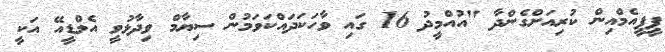
ޕީޕީއެމްއިން ކުރިއަށްގެންދާ "އުއްމީދު 16 ގައި ވާހަކަދައްކަވަމުން ސިޔާމް ވިދާޅުވީ އެމްޑީއޭ އަކީ